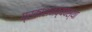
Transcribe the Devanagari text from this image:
प्रकाशनव्यवस्था